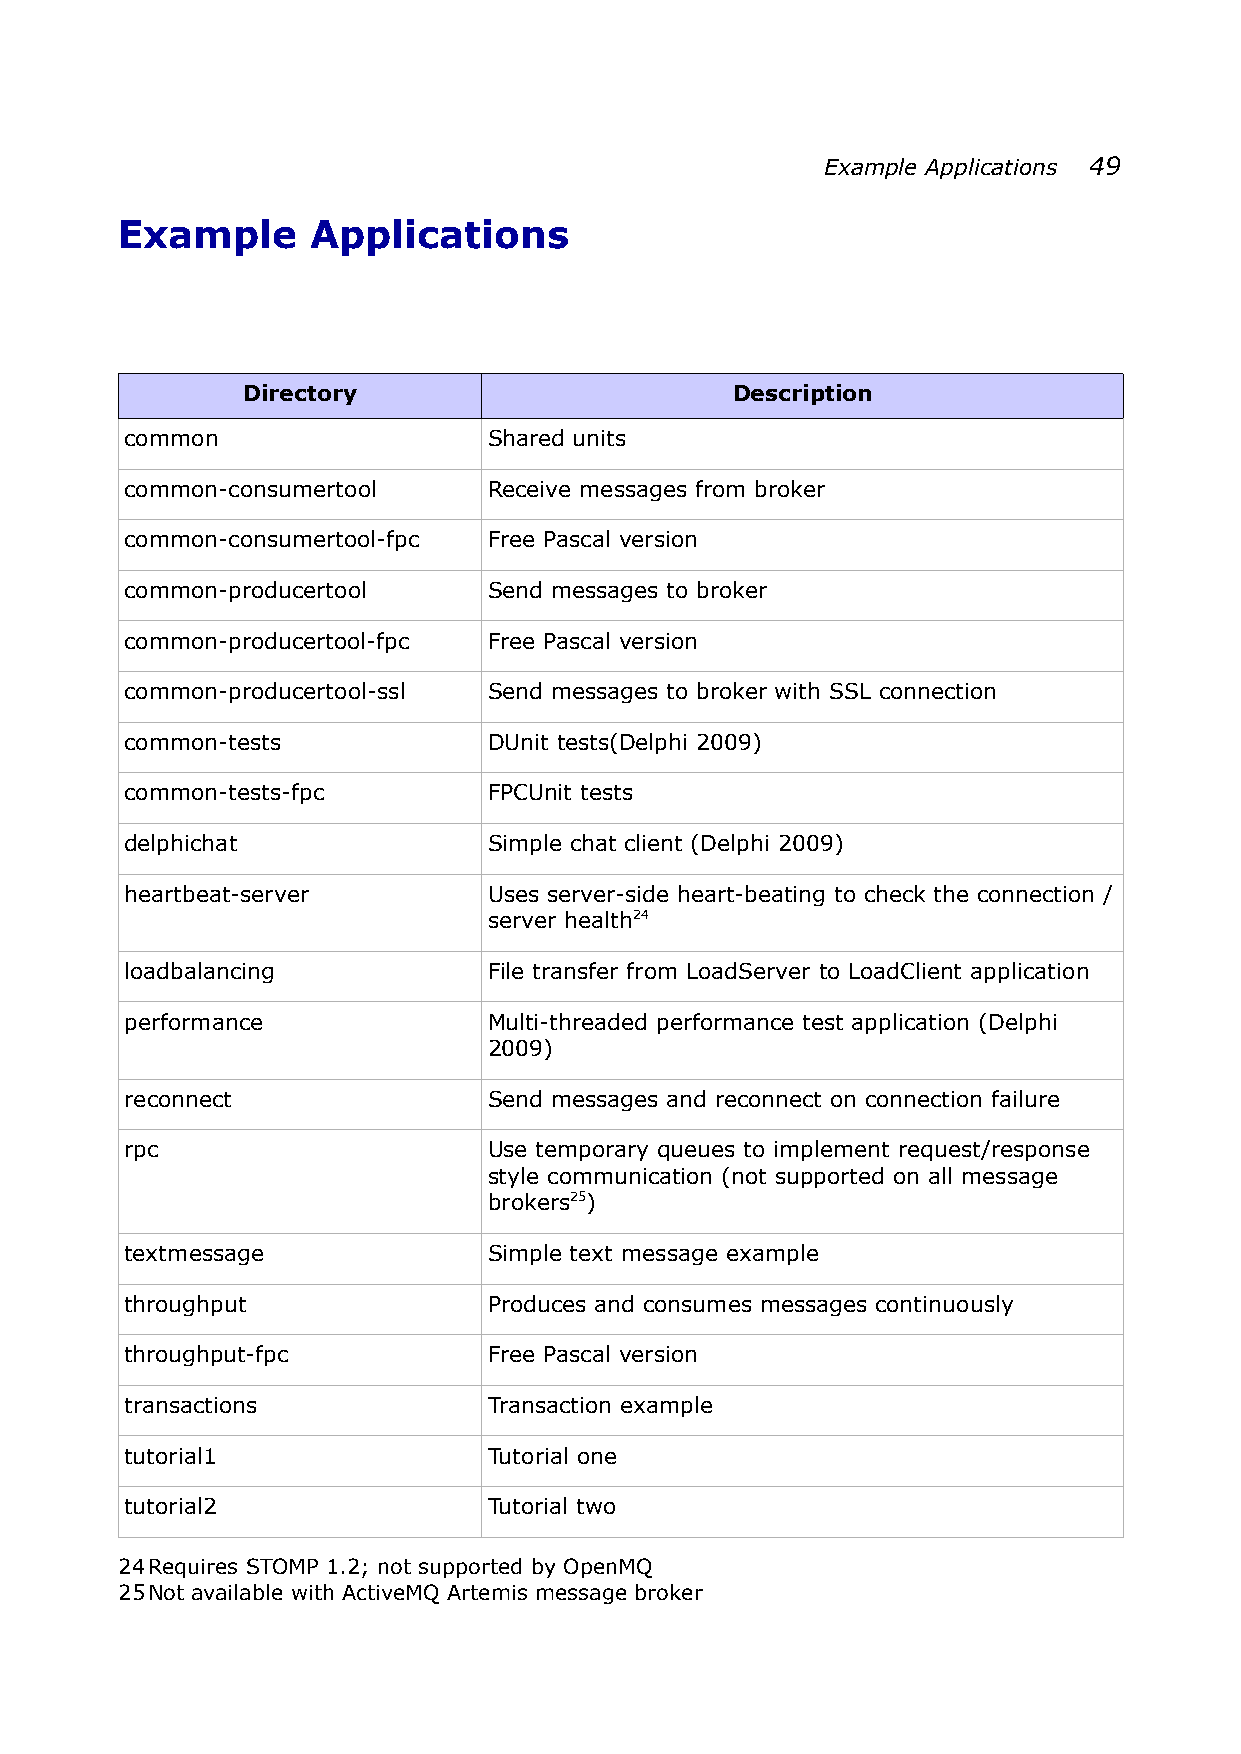
Example Applications 49
 Example      Applications
 Directory                       Description
 common                  Shared units
 common-consumertool     Receive messages from broker
 common-consumertool-fpc Free Pascal version
 common-producertool     Send messages to broker
 common-producertool-fpc Free Pascal version
 common-producertool-ssl Send messages to broker with SSL connection
 common-tests            DUnit tests(Delphi 2009)
 common-tests-fpc        FPCUnit tests
 delphichat              Simple chat client (Delphi 2009)
 heartbeat-server        Uses server-side heart-beating to check the connection /
 server health24
 loadbalancing           File transfer from LoadServer to LoadClient application
 performance             Multi-threaded performance test application (Delphi
 2009)
 reconnect               Send messages and reconnect on connection failure
 rpc                     Use temporary queues to implement request/response
 style communication (not supported on all message
 brokers25)
 textmessage             Simple text message example
 throughput              Produces and consumes messages continuously
 throughput-fpc          Free Pascal version
 transactions            Transaction example
 tutorial1               Tutorial one
 tutorial2               Tutorial two
 24Requires STOMP 1.2; not supported by OpenMQ
 25Not available with ActiveMQ Artemis message broker